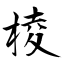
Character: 棱